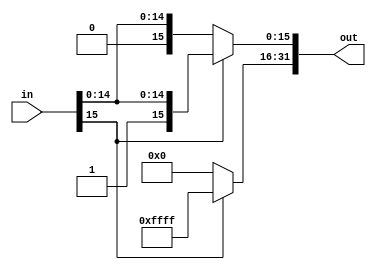
`timescale 1ns / 1ps
////////////////////////////////////////////////////////////////////////////////
// ECE369 - Computer Architecture
// 
// Module - SignExtension.v
// Description - Sign extension module.
////////////////////////////////////////////////////////////////////////////////
module SignExtension(in, out);

    /* A 16-Bit input word */
    input [15:0] in;
    
    /* A 32-Bit output word */
    output reg [31:0] out;   //using always @
    //output [31:0] out;   //using assign statement
    
    /* Fill in the implementation here ... */
    always@(in) begin
        out <= 32'dx;
        // halfword sign extended
        if(in[15] == 0) begin
            out[15:0] <= in;
            out[31:16] <= 16'b0000000000000000;
        end
        else if (in[15] == 1) begin
            out[15:0] <= in;
            out[31:16] <= 16'b1111111111111111;
        end
    end

endmodule